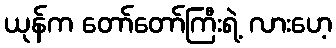
ယုန်က တော်တော်ကြီးရဲ့ လားဟေ့